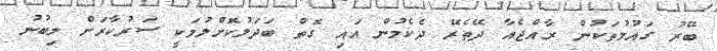
ބޭރު ގައުމުތަކުން ރާއްޖެއާ ދޭތެރޭ ދެކެމުން އައި ގޮތް ބަދަލުކޮށްލުމަކީ ސަރުކާރަށް ލިބުނު